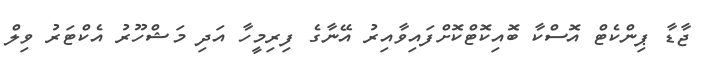
ޖާޑާ ޕިންކެޓް އޮސްކާ ބޮއިކޮޓްކޮށްފައިވާއިރު އޭނާގެ ފިރިމީހާ އަދި މަޝްހޫރު އެކްޓަރު ވިލް